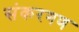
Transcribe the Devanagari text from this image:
संकरगण